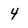
Character: 4